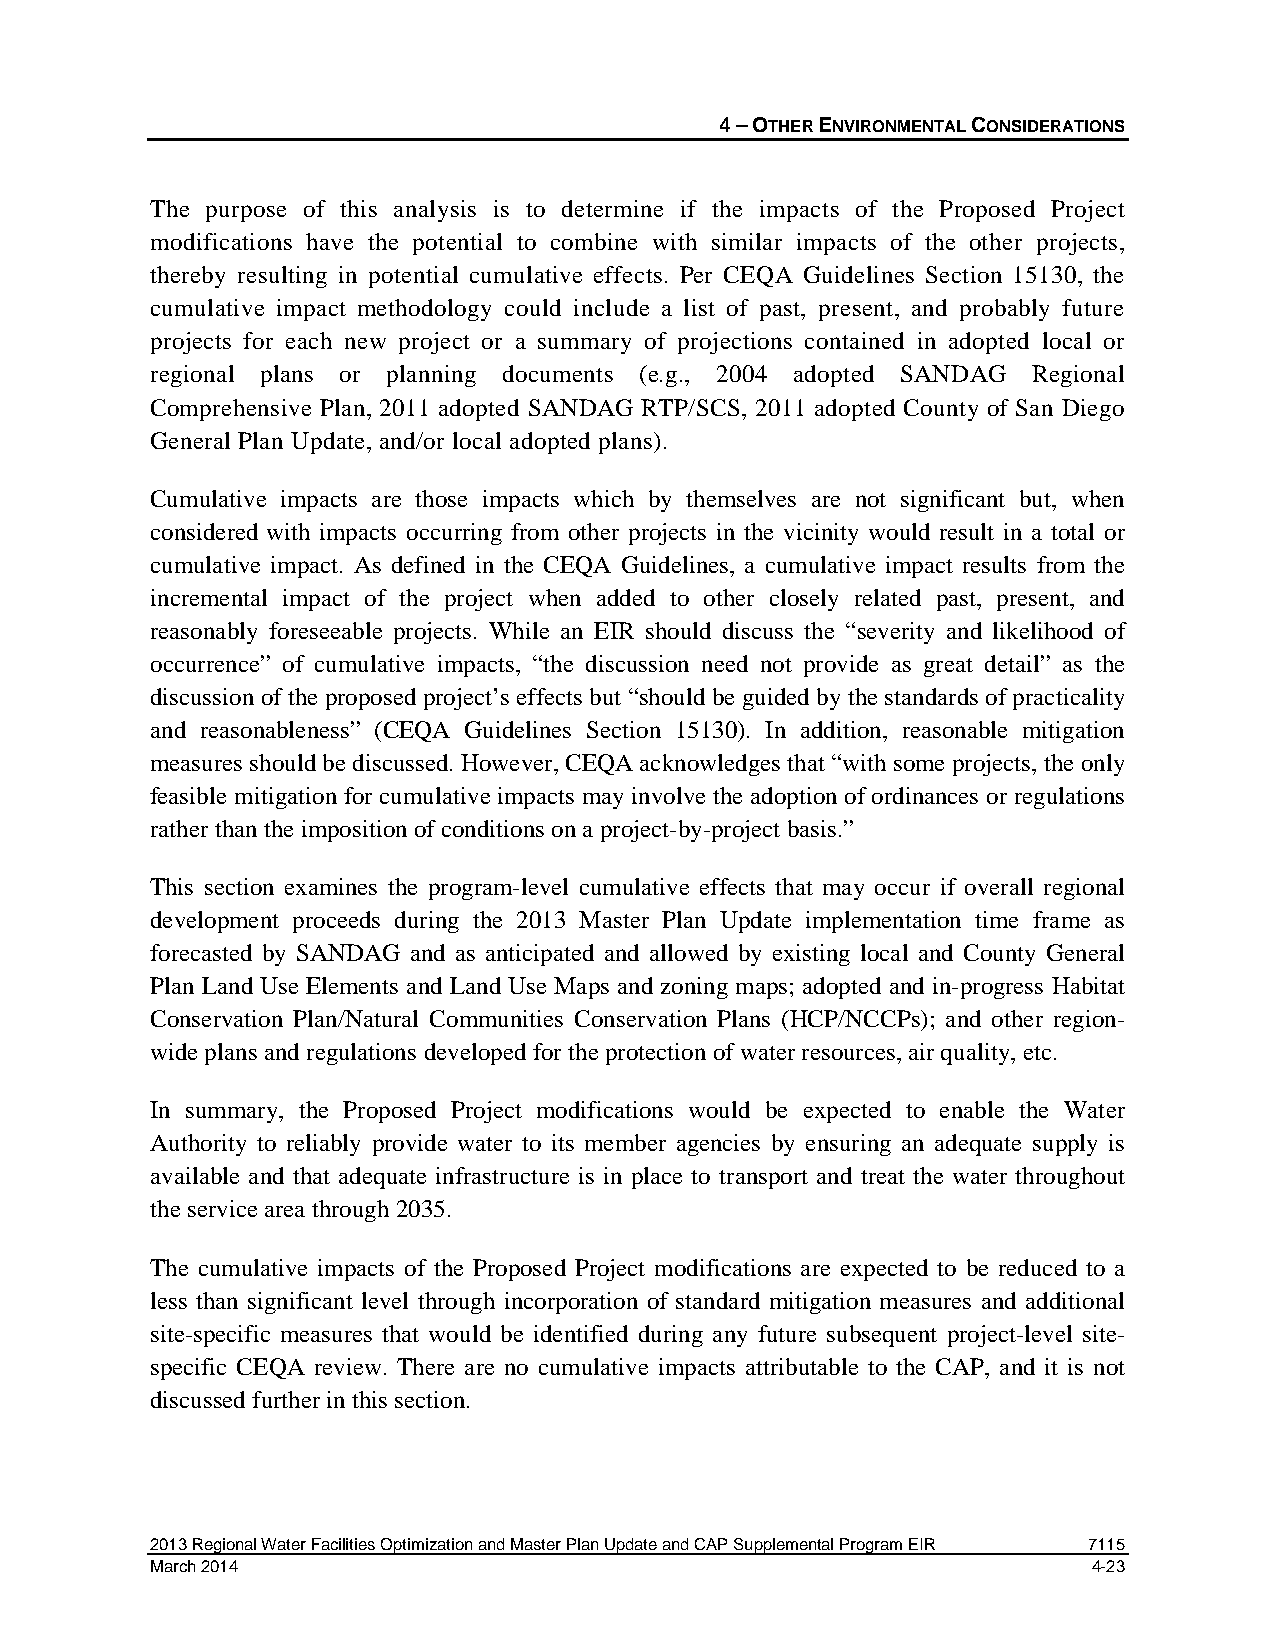
4 – OTHER ENVIRONMENTAL CONSIDERATIONS
 The purpose of this analysis is to determine if the impacts of the Proposed Project
 modifications have the potential to combine with similar impacts of the other projects,
 thereby resulting in potential cumulative effects. Per CEQA Guidelines Section 15130, the
 cumulative impact methodology could include a list of past, present, and probably future
 projects for each new project or a summary of projections contained in adopted local or
 regional plans or planning documents (e.g., 2004 adopted SANDAG Regional
 Comprehensive Plan, 2011 adopted SANDAG RTP/SCS, 2011 adopted County of San Diego
 General Plan Update, and/or local adopted plans).
 Cumulative impacts are those impacts which by themselves are not significant but, when
 considered with impacts occurring from other projects in the vicinity would result in a total or
 cumulative impact. As defined in the CEQA Guidelines, a cumulative impact results from the
 incremental impact of the project when added to other closely related past, present, and
 reasonably foreseeable projects. While an EIR should discuss the “severity and likelihood of
 occurrence” of cumulative impacts, “the discussion need not provide as great detail” as the
 discussion of the proposed project’s effects but “should be guided by the standards of practicality
 and reasonableness” (CEQA Guidelines Section 15130). In addition, reasonable mitigation
 measures should be discussed. However, CEQA acknowledges that “with some projects, the only
 feasible mitigation for cumulative impacts may involve the adoption of ordinances or regulations
 rather than the imposition of conditions on a project-by-project basis.”
 This section examines the program-level cumulative effects that may occur if overall regional
 development proceeds during the 2013 Master Plan Update implementation time frame as
 forecasted by SANDAG and as anticipated and allowed by existing local and County General
 Plan Land Use Elements and Land Use Maps and zoning maps; adopted and in-progress Habitat
 Conservation Plan/Natural Communities Conservation Plans (HCP/NCCPs); and other region-
 wide plans and regulations developed for the protection of water resources, air quality, etc.
 In summary, the Proposed Project modifications would be expected to enable the Water
 Authority to reliably provide water to its member agencies by ensuring an adequate supply is
 available and that adequate infrastructure is in place to transport and treat the water throughout
 the service area through 2035.
 The cumulative impacts of the Proposed Project modifications are expected to be reduced to a
 less than significant level through incorporation of standard mitigation measures and additional
 site-specific measures that would be identified during any future subsequent project-level site-
 specific CEQA review. There are no cumulative impacts attributable to the CAP, and it is not
 discussed further in this section.
 2013 Regional Water Facilities Optimization and Master Plan Update and CAP Supplemental Program EIR 7115
 March 2014                                                    4-23